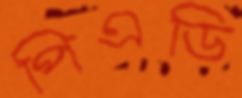
পিএডি